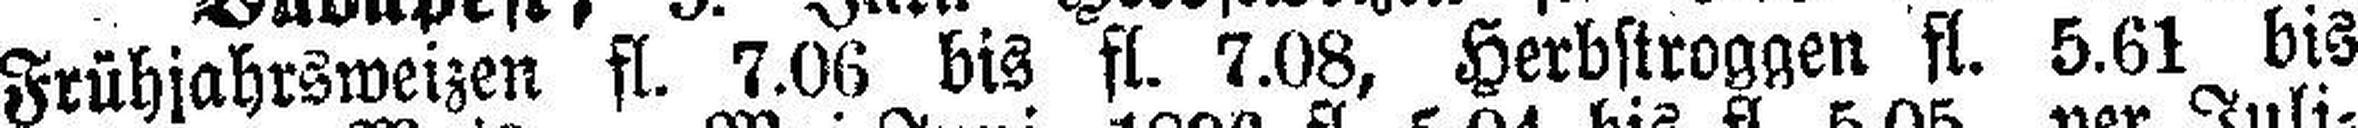
Frühjahrsweizen fl. 7.06 bis fl. 7.08, Herbstroggen fl. 5.61 bis